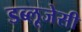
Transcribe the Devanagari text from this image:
डब्लूजेसी